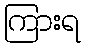
ကြားရ